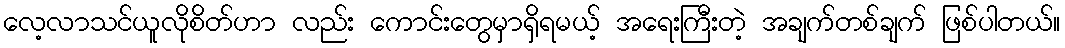
လေ့လာသင်ယူလိုစိတ်ဟာ လည်း ကောင်းတွေမှာရှိရမယ့် အရေးကြီးတဲ့ အချက်တစ်ချက် ဖြစ်ပါတယ်။